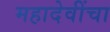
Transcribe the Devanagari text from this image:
महादेवींचा